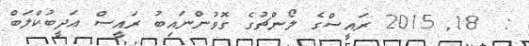
:  18